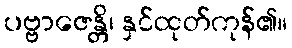
ပဗ္ဗာဇေန္တိ၊ နှင်ထုတ်ကုန်၏။